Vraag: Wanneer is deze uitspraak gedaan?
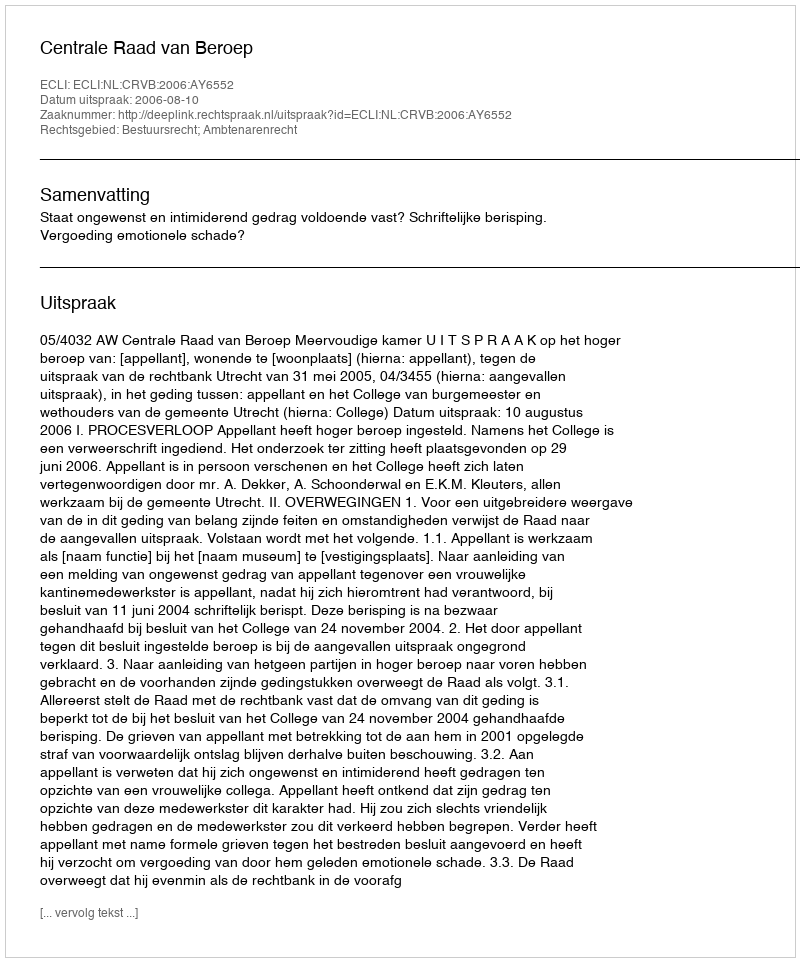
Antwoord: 2006-08-10